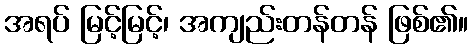
အရပ် မြင့်မြင့်၊ အကျည်းတန်တန် ဖြစ်၏။